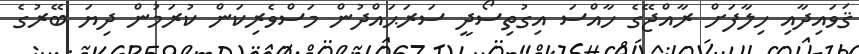
ޤަވައިދާއި ހިލާފަށް ރާއްޖޭގެ ހާއްސަ އިގުތިސޯދީ ސަރަޙައްދުން މަސްވެރިކަން ކުރަމުން ދިޔަ ބޭރުގެ